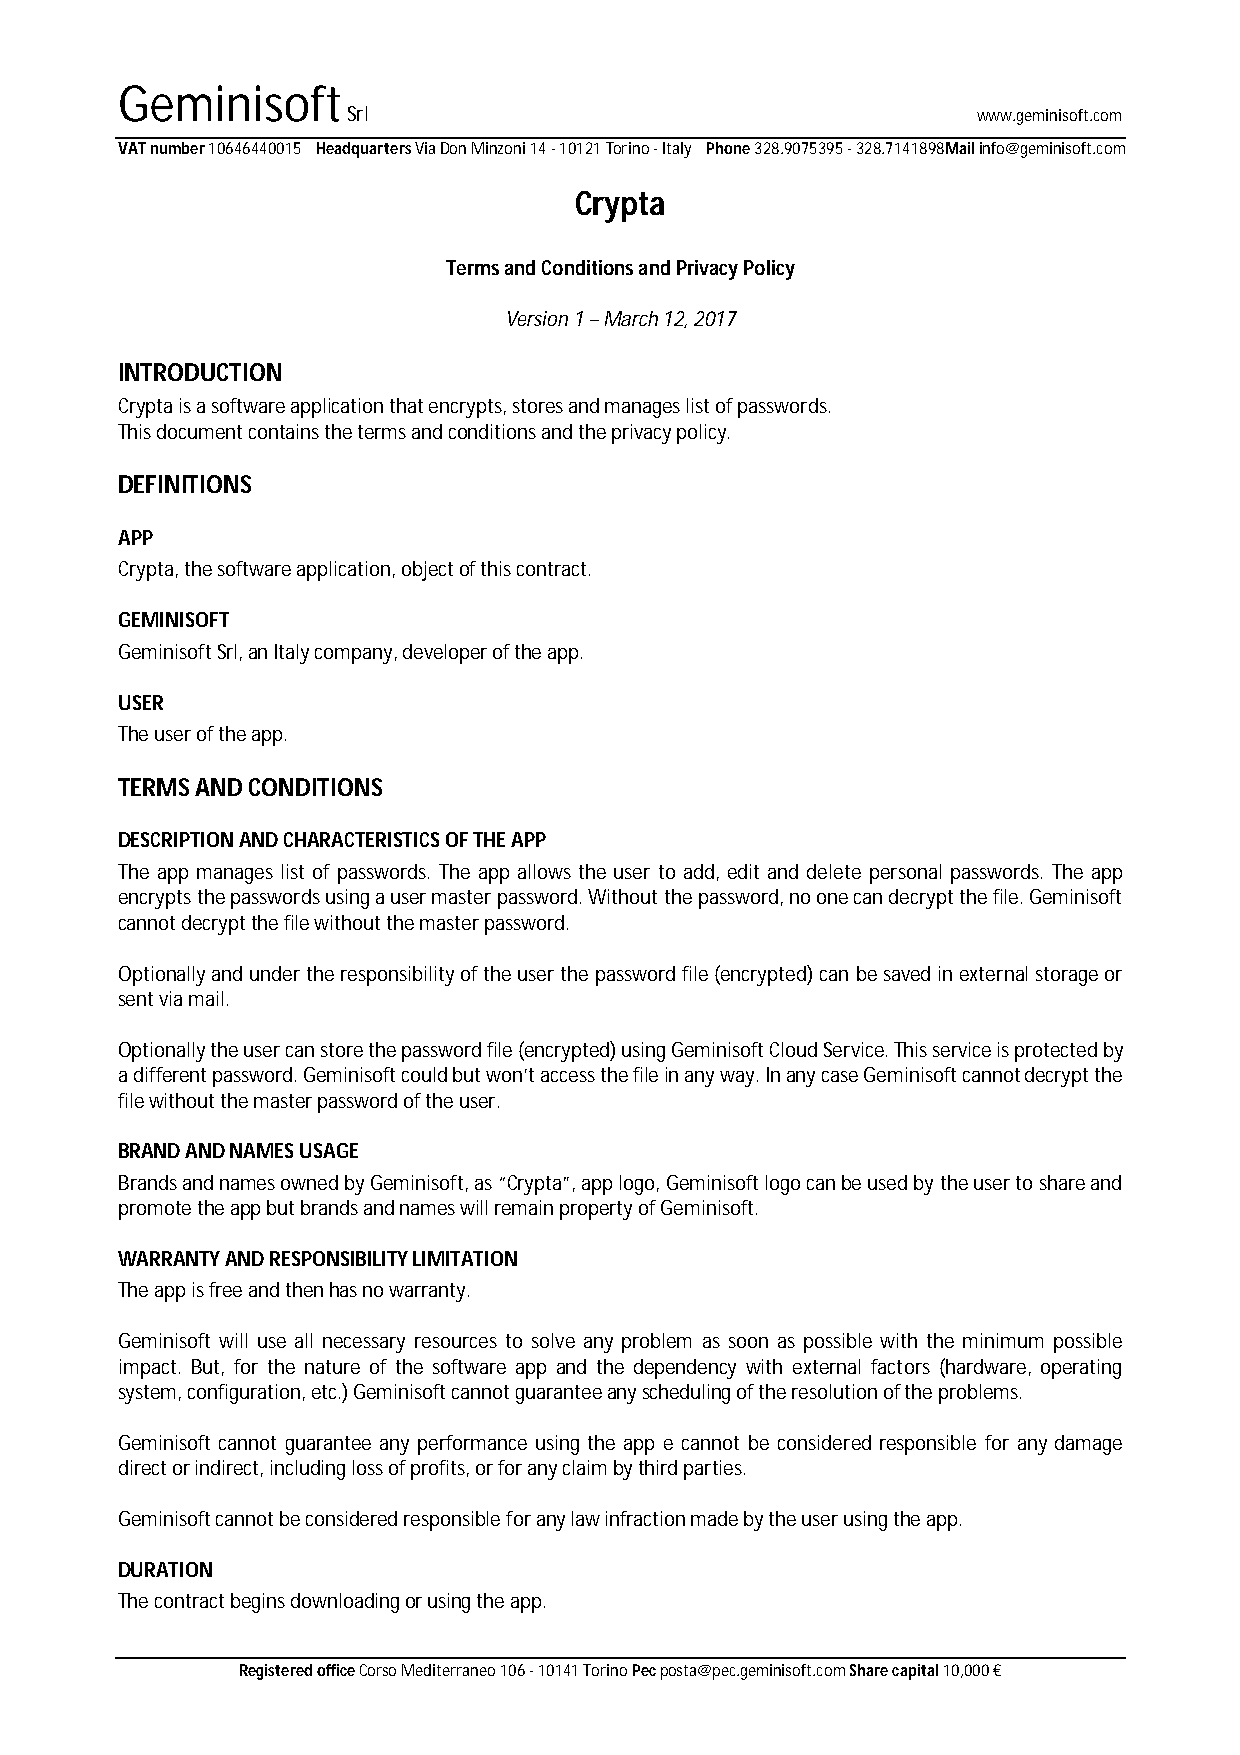
Geminisoft
 Srl                                       www.geminisoft.com
 VAT number 10646440015 Headquarters Via Don Minzoni 14 - 10121 Torino - Italy Phone 328.9075395 - 328.7141898Mail info@geminisoft.com
 Crypta
 Terms and Conditions and Privacy Policy
 Version 1 – March 12, 2017
 INTRODUCTION
 Crypta is a software application that encrypts, stores and manages list of passwords.
 This document contains the terms and conditions and the privacy policy.
 DEFINITIONS
 APP
 Crypta, the software application, object of this contract.
 GEMINISOFT
 Geminisoft Srl, an Italy company, developer of the app.
 USER
 The user of the app.
 TERMS AND CONDITIONS
 DESCRIPTION AND CHARACTERISTICS OF THE APP
 The app manages list of passwords. The app allows the user to add, edit and delete personal passwords. The app
 encrypts the passwords using a user master password. Without the password, no one can decrypt the file. Geminisoft
 cannot decrypt the file without the master password.
 Optionally and under the responsibility of the user the password file (encrypted) can be saved in external storage or
 sent via mail.
 Optionally the user can store the password file (encrypted) using Geminisoft Cloud Service. This service is protected by
 a different password. Geminisoft could but won’t access the file in any way. In any case Geminisoft cannot decrypt the
 file without the master password of the user.
 BRAND AND NAMES USAGE
 Brands and names owned by Geminisoft, as “Crypta”, app logo, Geminisoft logo can be used by the user to share and
 promote the app but brands and names will remain property of Geminisoft.
 WARRANTY AND RESPONSIBILITY LIMITATION
 The app is free and then has no warranty.
 Geminisoft will use all necessary resources to solve any problem as soon as possible with the minimum possible
 impact. But, for the nature of the software app and the dependency with external factors (hardware, operating
 system, configuration, etc.) Geminisoft cannot guarantee any scheduling of the resolution of the problems.
 Geminisoft cannot guarantee any performance using the app e cannot be considered responsible for any damage
 direct or indirect, including loss of profits, or for any claim by third parties.
 Geminisoft cannot be considered responsible for any law infraction made by the user using the app.
 DURATION
 The contract begins downloading or using the app.
 Registered office Corso Mediterraneo 106 - 10141 Torino Pec posta@pec.geminisoft.com Share capital 10,000 €